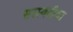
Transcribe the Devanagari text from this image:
सरस्वतीका